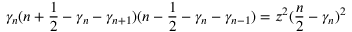
\gamma _ { n } ( n + \frac { 1 } { 2 } - \gamma _ { n } - \gamma _ { n + 1 } ) ( n - \frac { 1 } { 2 } - \gamma _ { n } - \gamma _ { n - 1 } ) = z ^ { 2 } ( \frac { n } { 2 } - \gamma _ { n } ) ^ { 2 }